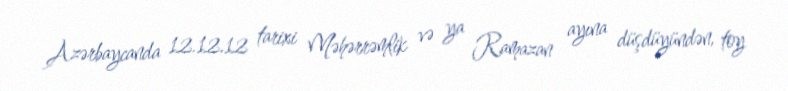
Azərbaycanda 12.12.12 tarixi Məhərrəmlik və ya Ramazan ayına düşdüyündən, toy